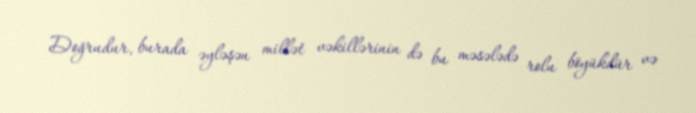
Doğrudur, burada əyləşən millət vəkillərinin də bu məsələdə rolu böyükdür və